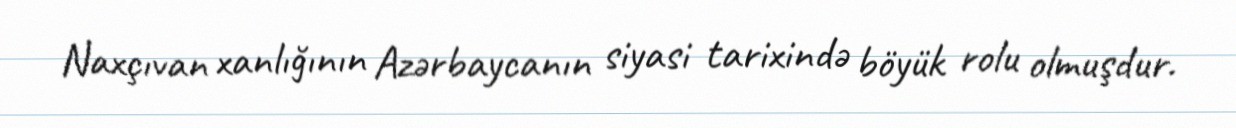
Naxçıvan xanlığının Azərbaycanın siyasi tarixində böyük rolu olmuşdur.